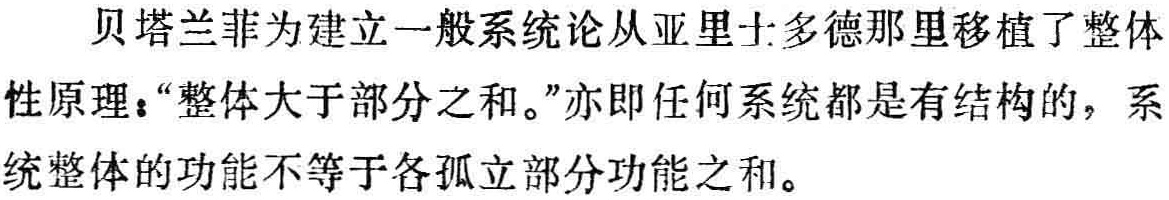
贝塔兰菲为建立一般系统论从亚里士多德那里移植了整体性原理：“整体大于部分之和。”亦即任何系统都是有结构的，系统整体的功能不等于各孤立部分功能之和。